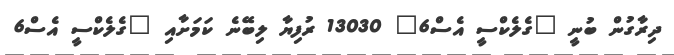
ދިރާގުން ބުނީ "ގެލެކްސީ އެސް6" 13030 ރުފިޔާ ލިބޭނެ ކަމަށާއި "ގެލެކްސީ އެސް6